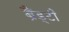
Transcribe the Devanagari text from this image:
ब्रैंड्टी